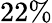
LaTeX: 22\%